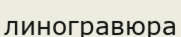
линогравюра